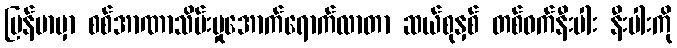
မြန်မာမှာ စစ်အာဏာသိမ်းမှုအောက်ရောက်လာတာ ဆယ်စုနှစ် တစ်ဝက်နီးပါး နီးပါးကို